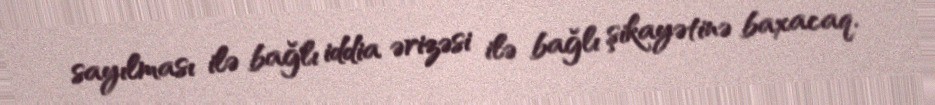
sayılması ilə bağlı iddia ərizəsi ilə bağlı şikayətinə baxacaq.